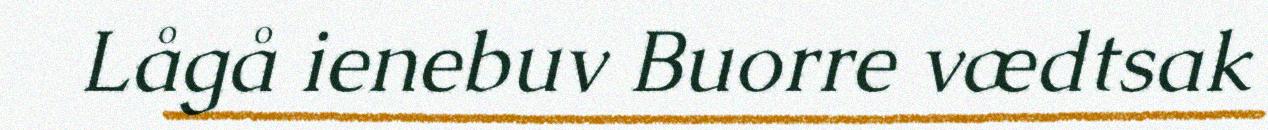
Lågå ienebuv Buorre vædtsak